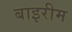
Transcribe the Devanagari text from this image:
बाइरीम